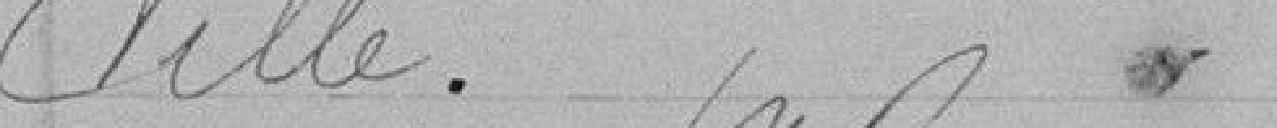
Ville.